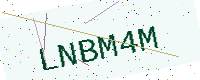
Text: LNBM4M